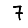
Digit: 7